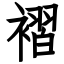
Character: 褶